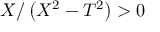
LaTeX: X / \left( X ^ { 2 } - T ^ { 2 } \right) > 0